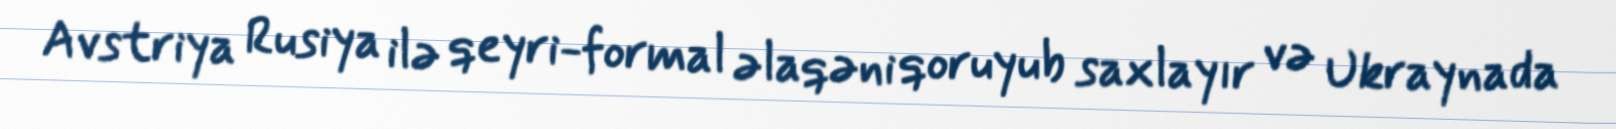
Avstriya Rusiya ilə qeyri-formal əlaqəni qoruyub saxlayır və Ukraynada